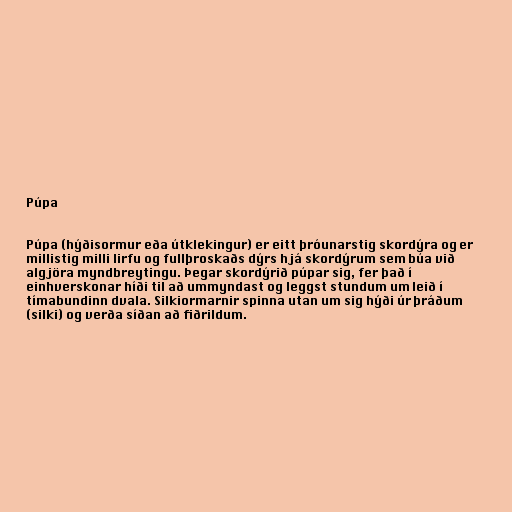
Púpa

Púpa (hýðisormur eða útklekingur) er eitt þróunarstig skordýra og er
millistig milli lirfu og fullþroskaðs dýrs hjá skordýrum sem búa við
algjöra myndbreytingu. Þegar skordýrið púpar sig, fer það í
einhverskonar híði til að ummyndast og leggst stundum um leið í
tímabundinn dvala. Silkiormarnir spinna utan um sig hýði úr þráðum
(silki) og verða síðan að fiðrildum.